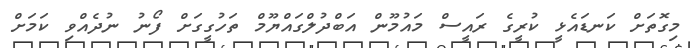
މިގޮތަށް ކަނޑައެޅީ ކުރީގެ ރައީސް މައުމޫން އަބްދުލްގައްޔޫމް ތަހުގީގަށް ފޯނު ނުދެއްވި ކަމަށް